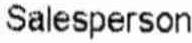
SALESPERSON